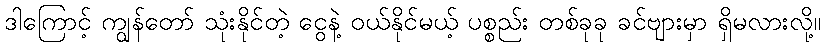
ဒါကြောင့် ကျွန်တော် သုံးနိုင်တဲ့ ငွေနဲ့ ဝယ်နိုင်မယ့် ပစ္စည်း တစ်ခုခု ခင်ဗျားမှာ ရှိမလားလို့။